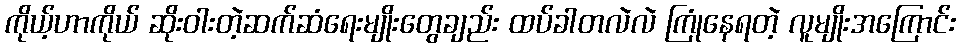
ကိုယ့်ဟာကိုယ် ဆိုးဝါးတဲ့ဆက်ဆံရေးမျိုးတွေချည်း ထပ်ခါတလဲလဲ ကြုံနေရတဲ့ လူမျိုးအကြောင်း